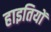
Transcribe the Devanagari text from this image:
हाइतियों